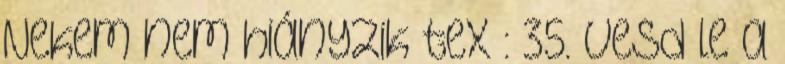
Nekem nem hiányzik tex : 35. vesd le a